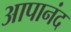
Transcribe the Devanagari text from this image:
आपानंद